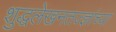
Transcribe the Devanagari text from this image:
शुद्धलेखनतज्ज्ञांच्या